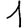
Digit: 1